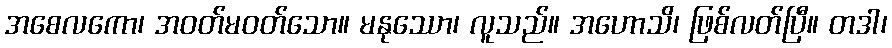
အစေလကော၊ အဝတ်မဝတ်သော။ မနုဿော၊ လူသည်။ အဟောသိ၊ ဖြစ်လတ်ပြီ။ တဒါ၊